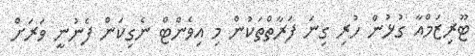
ޓޫރިޒަމްއާ ގުޅުން ހުރި ގިނަ ފަރާތްތަކުން މި އިވެންޓް ނެގިކަން ފެނުނީ ވަރަށް